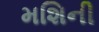
મશિની